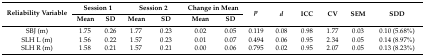
<table><thead><tr><td rowspan="2"><b>Reliability Variable</b></td><td colspan="2"><b>Session 1</b></td><td colspan="2"><b>Session 2</b></td><td colspan="2"><b>Change in Mean</b></td><td rowspan="2"><b><i>p</i></b></td><td rowspan="2"><b><i>d</i></b></td><td rowspan="2"><b>ICC</b></td><td rowspan="2"><b>CV</b></td><td rowspan="2"><b>SEM</b></td><td rowspan="2"><b>SDD</b></td></tr><tr><td><b>Mean</b></td><td><b>SD</b></td><td><b>Mean</b></td><td><b>SD</b></td><td><b>Mean</b></td><td><b>SD</b></td></tr></thead><tbody><tr><td>SBJ (m)</td><td>1.75</td><td>0.26</td><td>1.77</td><td>0.23</td><td>0.02</td><td>0.05</td><td>0.119</td><td>0.08</td><td>0.98</td><td>1.77</td><td>0.03</td><td>0.10 (5.68%)</td></tr><tr><td>SLH L (m)</td><td>1.56</td><td>0.22</td><td>1.57</td><td>0.23</td><td>0.01</td><td>0.07</td><td>0.494</td><td>0.06</td><td>0.95</td><td>2.34</td><td>0.05</td><td>0.14 (8.97%)</td></tr><tr><td>SLH R (m)</td><td>1.58</td><td>0.21</td><td>1.57</td><td>0.21</td><td>0.00</td><td>0.06</td><td>0.795</td><td>0.02</td><td>0.95</td><td>2.07</td><td>0.05</td><td>0.13 (8.23%)</td></tr></tbody></table>